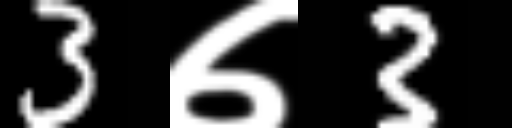
Text: 3७3